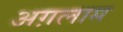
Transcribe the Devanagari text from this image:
अग़लाम